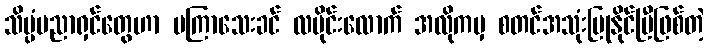
သိပ္ပံပညာရှင်တွေဟာ မကြာသေးခင် လပိုင်းလောက် အလိုကမှ စတင်အသုံးပြုနိုင်ပြီဖြစ်တဲ့